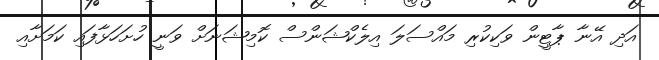
އަދި އޭނާ ޕާޓީން ވަކިކުރި މައްސަލަ އިލެކްޝަންސް ކޮމިޝަނަށް ވަނީ ހުށަހަޅާފައި ކަމަށާއި